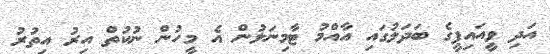
އަދި ވީއައިޕީގެ ބަދަލުގައި އާއްމު ޓާމިނަލުން އެ މީހުން ނުކުތް އިރު އިތުރު